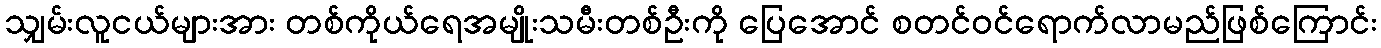
သျှမ်းလူငယ်များအား တစ်ကိုယ်ရေအမျိုးသမီးတစ်ဦးကို ပြေအောင် စတင်ဝင်ရောက်လာမည်ဖြစ်ကြောင်း